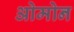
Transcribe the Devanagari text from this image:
ओमोन